Vaccination report Assam 1896-1927 - 1896-1927
Year: 1896
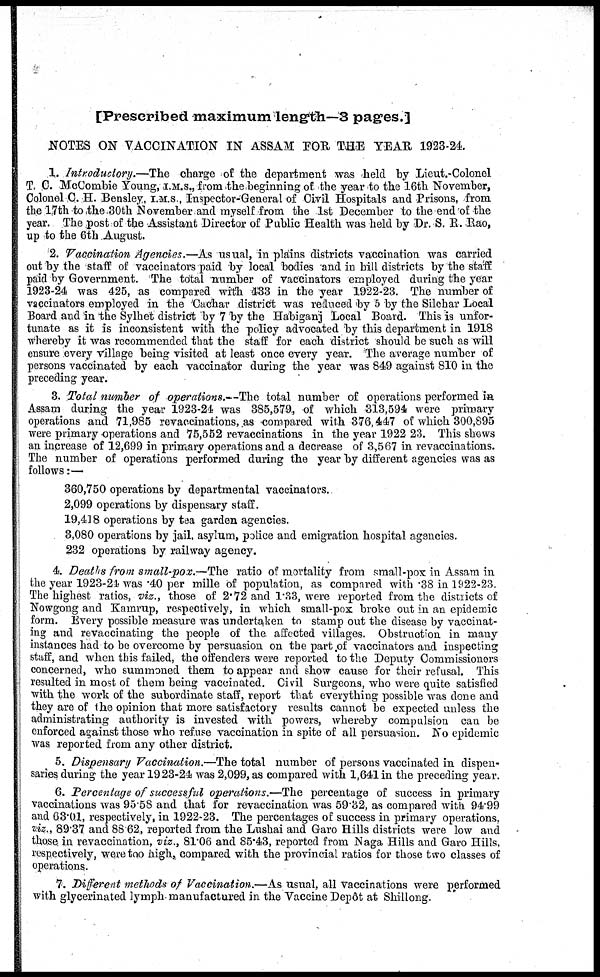
[Prescribed maximum length—3 pages.]
NOTES ON VACCINATION IN ASSAM FOR THE YEAR 1923-24.
1. Introductory.—The charge of the department was held by Lieut.-Colonel
T. C. McCombie Young, I.M.S., from the beginning of the year to the 16th November,
Colonel C. H. Bensley, I.M.S., Inspector-General of Civil Hospitals and Prisons, from
the 17th to the 30th November and myself from the 1st December to the end of the
year. The post of the Assistant Director of Public Health was held by Dr. S. R. Rao,
up to the 6th August.
2. Vaccination Agencies.—As usual, in plains districts vaccination was carried
out by the staff of vaccinators paid by local bodies and in hill districts by the staff
paid by Government. The total number of vaccinators employed during the year
1923-24 was 425, as compared with 433 in the year 1922-23. The number of
vaccinators employed in the 'Cachar district was reduced by 5 by the Silchar Local
Board and in the Sylhet district by 7 by the Habiganj Local Board. This is unfor-
tunate as it is inconsistent with the policy advocated by this department in 1918
whereby it was recommended that the staff for each district should be such as will
ensure every village being visited at least once every year. The average number of
persons vaccinated by each vaccinator during the year was 849 against 810 in the
preceding year.
3. Total number of operations.—The total number of operations performed in
Assam during the year 1923-24 was 385,579, of which 313,594 were primary
operations and 71,985 revaccinations, as compared with 376,447 of which 300,895
were primary operations and 75,552 revaccinations in the year 1922 23. This shows
an increase of 12,699 in primary operations and a decrease of 3,567 in revaccinations.
The number of operations performed during the year by different agencies was as
follows:—
360,750 operations by departmental vaccinators.
2,099 operations by dispensary staff.
19,418 operations by tea garden agencies.
3,080 operations by jail, asylum, police and emigration hospital agencies.
232 operations by railway agency.
4. Deaths from small-pox.—The ratio of mortality from small-pox in Assam in
the year 1923-24 was .40 per mille of population, as compared with .38 in 1922-23.
The highest ratios, viz., those of 2.72 and 1.33, were reported from the districts of
Nowgong and Kamrup, respectively, in which small-pox broke out in an epidemic
form. Every possible measure was undertaken to stamp out the disease by vaccinat-
ing and revaccinating the people of the affected villages. Obstruction in many
instances had to be overcome by persuasion on the part of vaccinators and inspecting
staff, and when this failed, the offenders were reported to the Deputy Commissioners
concerned, who summoned them to appear and show cause for their refusal. This
resulted in most of them being vaccinated. Civil Surgeons, who were quite satisfied
with the work of the subordinate staff, report that everything possible was done and
they are of the opinion that more satisfactory results cannot be expected unless the
administrating authority is invested with powers, whereby compulsion can be
enforced against those who refuse vaccination in spite of all persuasion. No epidemic
was reported from any other district.
5. Dispensary Vaccination.—The total number of persons vaccinated in dispen-
saries during the year 1923-24 was 2,099, as compared with 1,641 in the preceding year.
6. Percentage of successful operations.—The percentage of success in primary
vaccinations was 95.58 and that for revaccination was 59.32, as compared with. 94.99
and 63.01, respectively, in 1922-23. The percentages of success in primary operations,
viz., 89.37 and 88.62, reported from the Lushai and Garo Hills districts were low and
those. in revaccination, viz., 81.06 and 85.43, reported from Naga Hills and Garo Hills,
respectively, were too high, compared with the provincial ratios for those two classes of
operations.
7. Different methods of Vaccination.—As usual, all vaccinations were performed
with glycerinated lymph manufactured in the Vaccine Depôt at Shillong.